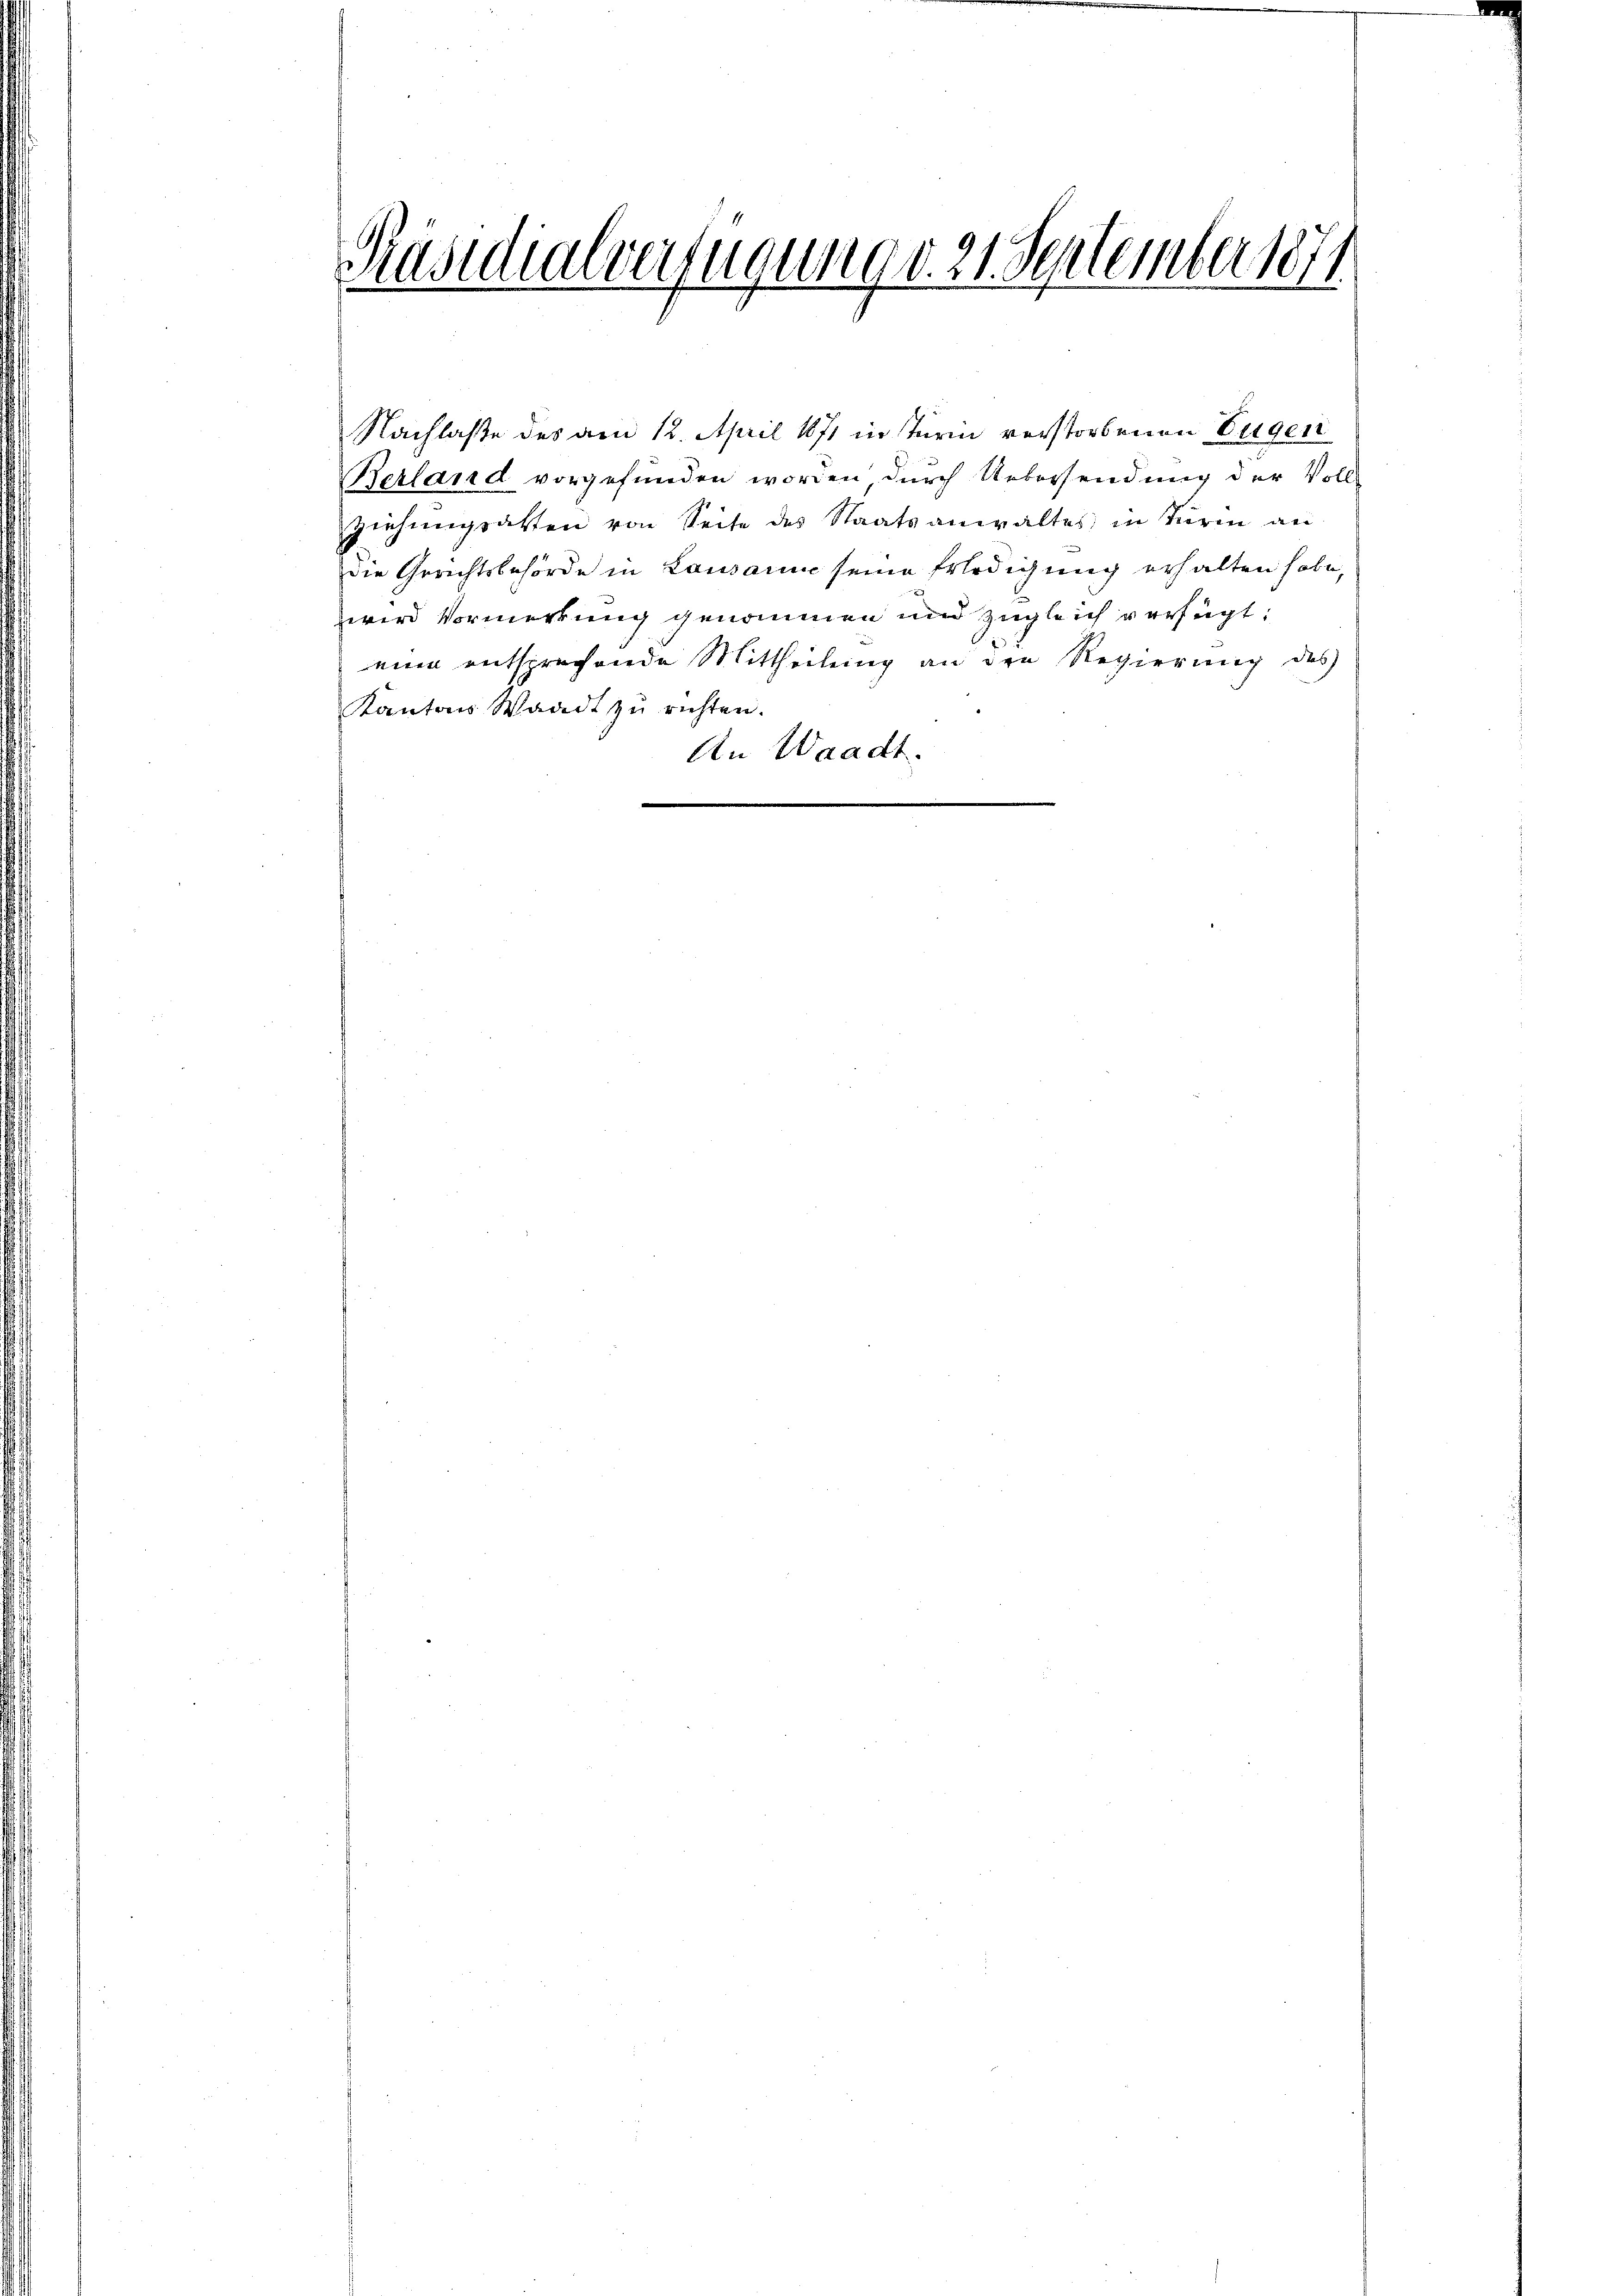
Päsidialvertigung d. 21. September 187
u
2
.

Nachlaße des am 12. April 1871 in Turin verstorbenen Eugen
Berland vorgefunden worden durch Uebersendung der Vollziehungsatten von Seite des Staatsanwaltes in Turm an
die Gerichtsbehörde in Lausanne seine Erledigung erhalten habe,
wird Vormerkung genommen und zugleich verfügt:
eine entsprechende Mittheilung an den Regierung des
Kantons Waadt zu richten.
An Waadt.
e